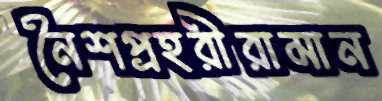
নৈশপ্রহরীরামান